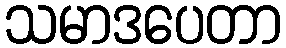
သမာဒပေတာ